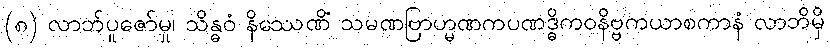
(၈) လာဘ်ပူဇော်မှု၊ သိန္ဓဝံ နိဿေဏိံ သမဏဗြာဟ္မဏကပဏဒ္ဓိကဝနိဗ္ဗကယာစကာနံ လာဘိမှိ